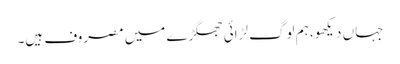
جہاں دیکھو، ہم لوگ لڑائی جھگڑے میں مصروف ہیں۔